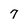
Character: 7